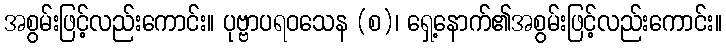
အစွမ်းဖြင့်လည်းကောင်း။ ပုဗ္ဗာပရဝသေန (စ)၊ ရှေ့နောက်၏အစွမ်းဖြင့်လည်းကောင်း။